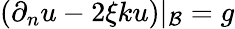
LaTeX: \left(\partial_{n}u-2\xi{k}u\right)|_{\cal B}=g